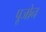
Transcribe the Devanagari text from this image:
पूजोन